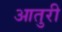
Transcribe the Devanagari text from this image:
आतुरी